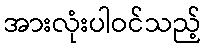
အားလုံးပါဝင်သည့်